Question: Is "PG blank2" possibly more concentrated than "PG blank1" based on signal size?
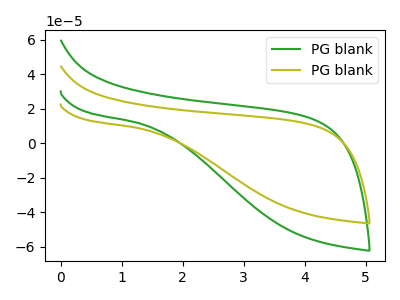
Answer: <think>The green curve "PG blank1" has no peaks. The olive curve "PG blank2" has no peaks.
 Neither "PG blank2" or "PG blank1" have any peaks.</think>
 <answer>I cant tell if "PG blank2" or "PG blank1" has more signal.</answer>
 <eval>mixed_signal</eval>